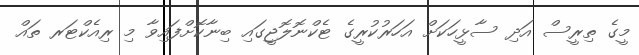
މީގެ ތިރީސް އަދި ސާޅީހަކަށް އަހަރުކުރީގެ ޓެކްނޮލޮޖީގައި ބިނާކޮށްފައިވާ މި ރިއެކްޓަރ ތައް